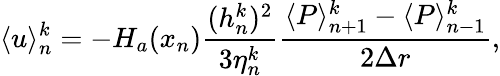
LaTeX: \langle u\rangle_{n}^{k}=-H_{a}(x_{n})\frac{(h_{n}^{k})^{2}}{3\eta_{n}^{k}}\frac{\langle P\rangle_{n+1}^{k}-\langle P\rangle_{n-1}^{k}}{2\Delta r},